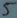
Text: 5